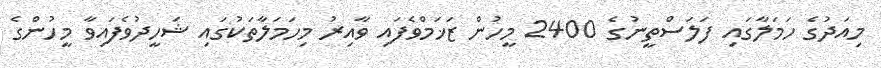
މިއަދުގެ ހަމަލާގައި ފަލަސްތީނުގެ 2400 މީހުން ޒަޚަމްވެފައި ވާއިރު މިހަމަލާތަކުގައި ޝަހީދުވެފައިވާ މީހުންގެ